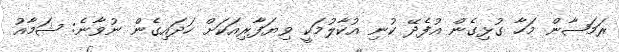
ރަމަޟާން މަހާ ގުޅިގެން އުފެދޭ ކުނި އުކާލުމަކީ ވިޔަފާރިއަކަށް ހަދައިގެން ނުވާނެ: ޝަމާއު